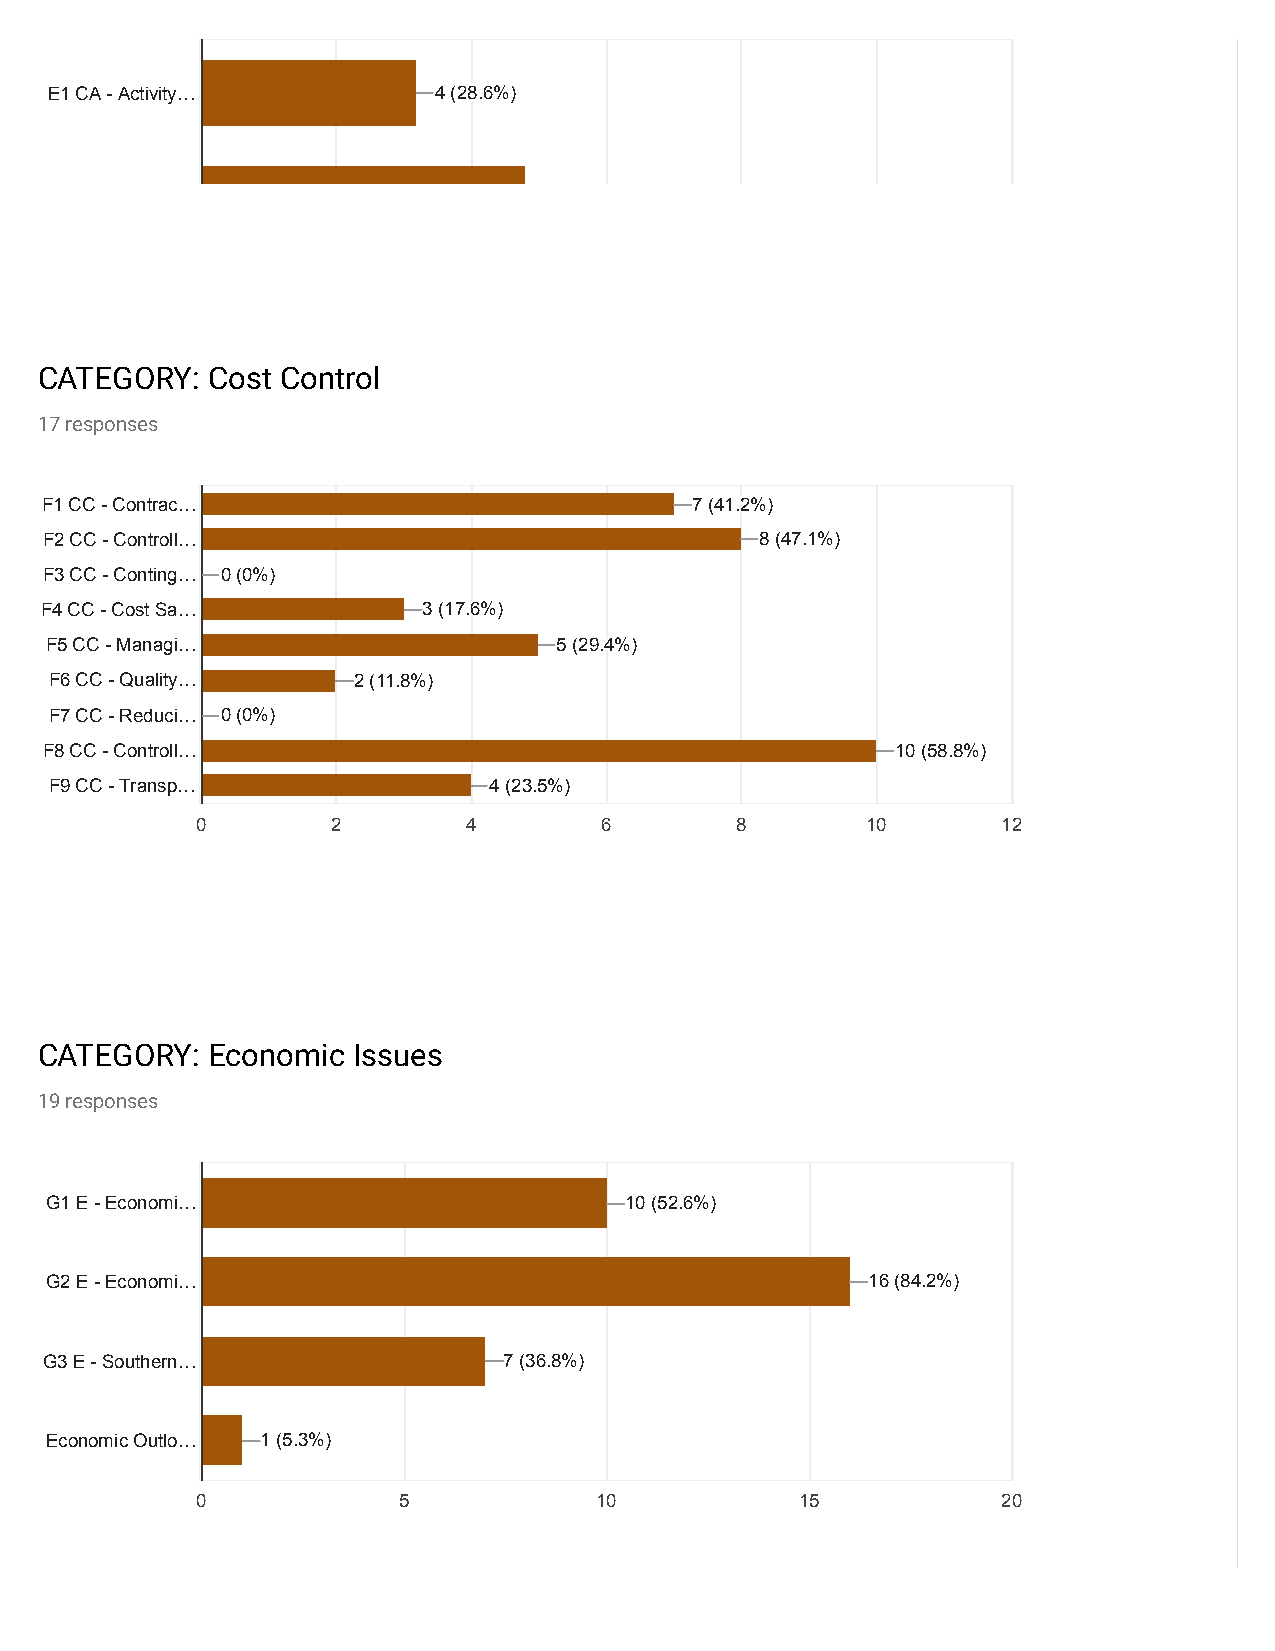
E1 CA - Activity…         444 (((222888...666%%%)))
 CATEGORY:   Cost Control
 17 responses
 F1 CC - Contrac…                           777 (((444111...222%%%)))
 F2 CC - Controll…                              888 (((444777...111%%%)))
 F3 CC - Conting… 000 (((000%%%)))
 F4 CC - Cost Sa…         333 (((111777...666%%%)))
 F5 CC - Managi…                   555 (((222999...444%%%)))
 F6 CC - Quality…    222 (((111111...888%%%)))
 F7 CC - Reduci… 000 (((000%%%)))
 F8 CC - Controll…                                       111000 (((555888...888%%%)))
 F9 CC - Transp…              444 (((222333...555%%%)))
 0        2        4        6        8       10       12
 CATEGORY:   Economic Issues
 19 responses
 G1 E - Economi…                       111000 (((555222...666%%%)))
 G2 E - Economi…                                       111666 (((888444...222%%%)))
 G3 E - Southern…              777 (((333666...888%%%)))
 Economic Outlo… 111 (((555...333%%%)))
 0            5            10            15           20